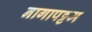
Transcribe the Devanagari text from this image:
नागापट्टम